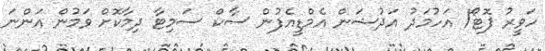
ހަވީރު ފޮޓޯ/ އަހުމަދު އަދުޝަން އެމްޑީއެފުން ސާކް ސަމިޓާ ދިމާކޮށް ވަމުން އަންނަ